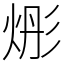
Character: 烿